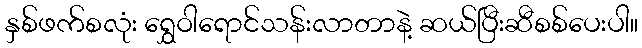
နှစ်ဖက်စလုံး ရွှေဝါရောင်သန်းလာတာနဲ့ ဆယ်ပြီးဆီစစ်ပေးပါ။